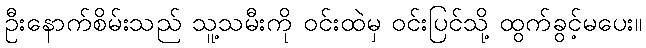
ဦးနောက်စိမ်းသည် သူ့သမီးကို ဝင်းထဲမှ ဝင်းပြင်သို့ ထွက်ခွင့်မပေး။